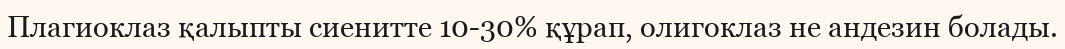
Плагиоклаз қалыпты сиенитте 10-30% құрап, олигоклаз не андезин болады.